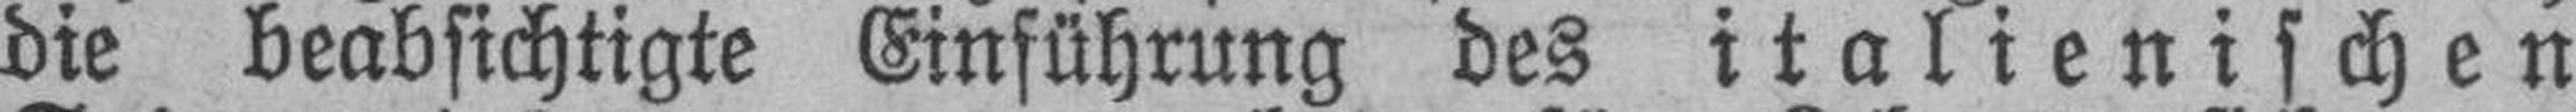
die beabsichtigte Einführung des italienischen